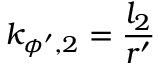
k _ { \phi ^ { \prime } , 2 } = \frac { l _ { 2 } } { r ^ { \prime } }